Lunatic asylums in Bengal annual reports 1888-1898 - 1888-1898
Year: 1888
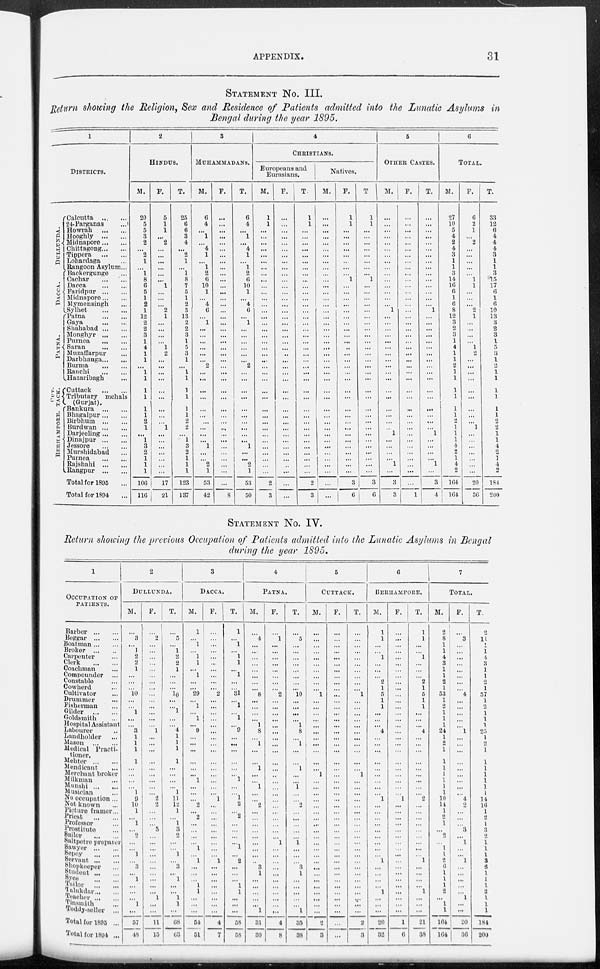
APPENDIX.
31
STATEMENT NO. III.
Return showing the Religion, Sex and Residence of Patients admitted into the Lunatic Asylums in
Bengal during the year 1895.
DULLUNDA.
DACCA.
PATNA.
CUT-
----.
BERHAMPORE.
1
DISTRICTS.
Calcutta
24-Parganas
...
Howrah
Hooghly
Midnapore
Chittagong
Tippera
Lohardaga ...
Rangoon Asylum...
Backergunge ...
Cachar
Dacca
Faridpur
Midnapore
Mymensingh ...
Sylhet
Patna ... ...
Gaya
Shahabad
Monghyr
Purnea
Saran
Muzaffarpur ...
Darbhanga
Burma
... ...
Ranchi
Hazaribagh ...
Cuttack
Tributary mehals
(Gurjat).
Bankura
Bhagalpur
Birbhum
Burdwan
Darjeeling
Dinajpur
Jessore
Murshidabad ...
Purnea
Rajshahi
Rangpur ... ...
Total for 1895 ...
Total for 1894 ...
2
HINDUS.
M.
20
5
5
3
2
...
2
1
...
1
8
6
5
1
2
1
12
2
2
3
1
4
1
1
...
1
1
1
1
1
1
2
1
...
1
3
2
1
1
1
106
116
F.
5
1
1
...
2
...
...
...
...
...
...
1
...
...
...
2
1
...
...
...
...
1
2
...
...
...
...
...
...
...
...
...
1
...
...
...
...
...
...
...
17
21
T.
25
6
6
3
4
...
2
1
...
1
8
7
5
1
2
3
13
2
2
3
1
5
3
1
...
1
1
1
1
1
1
2
2
...
1
3
2
1
1
1
123
137
3
MUHAMMADANS.
M.
6
4
...
1
...
4
1
...
1
2
6
10
1
...
4
6
...
1
...
...
...
...
...
...
2
...
...
...
...
...
...
...
...
...
...
1
...
...
2
1
53
42
F.
...
...
...
...
...
...
...
...
...
...
...
...
...
...
...
...
...
...
...
...
...
...
...
...
...
...
...
...
...
...
...
...
...
...
...
...
...
...
...
...
...
8
T.
6
4
...
1
...
4
1
...
1
2
6
10
1
...
4
6
...
1
...
...
...
...
...
...
2
...
...
...
...
...
...
...
...
...
...
1
...
...
2
1
53
50
4
CHRISTIANS.
Europeans and
Eurasians.
M.
1
1
...
...
...
...
...
...
...
...
...
...
...
...
...
...
...
...
...
...
...
...
...
...
...
...
...
...
...
...
...
...
...
...
...
...
...
...
...
...
2
3
F.
...
...
...
...
...
...
...
...
...
...
...
...
...
...
...
...
...
...
...
...
...
...
..
...
...
...
...
...
...
...
...
...
...
...
...
...
...
...
...
...
...
...
T.
1
1
...
...
...
...
...
...
...
...
...
...
...
...
...
...
...
...
...
...
...
...
...
...
...
...
...
...
...
...
...
...
...
...
...
...
...
...
...
...
2
3
Natives.
M.
...
...
...
...
...
...
...
...
...
...
...
...
...
...
...
...
...
...
...
...
...
...
...
...
...
...
...
...
...
...
...
...
...
...
...
...
...
...
...
...
...
...
F.
1
1
...
...
...
...
...
...
...
...
1
...
...
...
...
...
...
...
...
...
...
...
...
...
...
...
...
...
...
...
...
...
...
...
...
...
...
...
...
...
3
6
T
1
1
...
...
...
...
...
...
...
...
1
...
...
...
...
...
...
...
...
...
...
...
...
...
...
...
...
...
...
...
...
...
...
...
...
...
...
...
...
...
3
6
5
OTHER CASTES.
M.
...
...
...
...
...
...
...
...
...
...
...
...
...
...
...
1
...
...
...
...
...
...
...
...
...
...
...
...
...
...
...
...
...
1
...
...
...
...
1
...
3
3
F.
...
...
...
...
...
...
...
...
...
...
...
...
...
...
...
...
...
...
...
...
...
...
...
...
...
...
...
...
...
...
...
...
...
...
...
...
...
...
...
...
...
1
T.
...
...
...
...
...
...
...
...
...
...
...
...
...
...
...
1
...
...
...
...
...
...
...
...
...
...
...
...
...
...
...
...
...
1
...
...
...
...
1
...
3
4
6
TOTAL.
M.
27
10
5
4
2
4
3
1
1
3
14
16
6
1
6
8
12
3
2
3
1
4
1
1
2
1
1
1
1
1
1
2
1
1
1
4
2
1
4
2
164
164
F.
6
2
1
...
2
...
...
...
...
...
1
1
...
...
...
2
1
...
...
...
...
1
2
...
...
...
...
...
...
...
...
...
1
...
...
...
...
...
...
...
20
36
T.
33
12
6
4
4
4
3
1
1
3
15
17
6
1
6
10
13
3
2
3
1
5
3
1
2
1
1
1
1
1
1
2
2
1
1
4
2
1
4
2
184
200
STATEMENT NO. IV.
Return showing the previous Occupation of Patients admitted into the Lunatic Asylums in Bengal
during the year 1895.
1
OCCUPATION OF
PATIENTS.
Barber
Beggar
Boatman
Broker
Carpenter ...
Clerk
Coachman ...
Compounder ...
Constable ...
Cowherd ...
Cultivator ...
Drummer ...
Fisherman ...
Gilder
Goldsmith ...
Hospital Assistant
Labourer ...
Landholder ...
Mason
Medical Practi-
tioner.
Mehter
Mendicant
...
Merchant broker
Milkman ...
Munshi ... ...
Musician ...
No occupation...
Not known ...
Picture framer...
Priest ... ...
Professor ...
Prostitute ...
Sailor ... ...
Saltpetre preparer
Sawyer
Sepoy
Servant
Shopkeeper ...
Student
Syce ... ...
Tailor
Talukdar
Teacher
Tinsmith ...
Toddy-seller ...
Total for 1895 ...
Total for 1894 ...
2
DULLUNDA.
M.
...
3
...
1
2
2
1
...
...
...
10
...
...
1
...
...
3
1
1
1
1
...
...
...
...
1
9
10
1
...
1
...
2
...
...
1
...
3
...
1
...
...
...
1
...
57
48
F.
...
2
...
...
...
...
...
...
...
...
...
...
...
...
...
...
1
...
...
...
...
...
...
...
...
...
2
2
...
...
...
3
...
...
...
...
...
...
...
...
...
...
1
...
...
11
15
T.
...
5
...
1
2
2
1
...
...
...
10
...
...
l
...
...
4
1
1
1
1
...
...
...
...
1
11
12
1
...
1
3
2
...
...
1
...
3
...
1
...
...
1
1
...
68
63
3
DACCA.
M.
1
...
1
...
1
l
...
1
...
...
29
...
1
...
1
...
9
...
...
...
...
...
...
1
...
...
...
2
...
2
...
...
...
...
1
...
1
...
...
...
1
1
...
...
...
54
51
F.
...
...
...
...
...
...
...
...
...
...
2
...
...
...
...
...
...
...
...
...
...
...
...
...
...
...
1
...
...
...
...
...
...
...
...
...
1
...
...
...
...
...
...
...
...
4
7
T.
1
...
1
...
1
1
...
1
...
...
31
...
1
...
1
...
9
...
...
...
...
...
...
1
...
...
1
2
...
2
...
...
...
...
1
...
2
...
...
...
1
1
...
...
...
58
58
4
PATNA.
M.
...
4
...
...
...
...
...
...
...
...
8
...
...
...
...
1
8
...
1
...
...
1
...
...
1
...
...
2
...
...
...
...
...
...
...
...
...
3
1
...
...
...
...
...
1
31
30
F.
...
1
...
...
...
...
...
...
...
...
2
...
...
...
...
...
...
...
...
...
...
...
...
...
...
...
...
...
...
...
...
...
...
1
...
...
...
...
...
...
...
...
...
...
...
4
8
T.
...
5
...
...
...
...
...
...
...
...
10
...
...
...
...
1
8
...
1
...
1
...
...
1
...
...
2
...
...
...
...
...
1
...
...
...
3
1
...
...
...
...
...
1
35
3S
5
CUTTACK.
M.
...
...
...
...
...
...
...
...
...
...
1
...
...
...
...
...
...
...
...
...
...
...
l
...
...
...
...
...
...
...
...
...
...
...
...
...
...
...
...
...
...
...
...
...
2
3
F.
...
...
...
...
...
...
...
...
...
...
...
...
...
...
...
...
...
...
...
...
...
...
...
...
...
...
...
...
...
...
...
...
...
...
...
...
...
...
...
...
...
...
...
...
...
...
...
T.
...
...
...
...
...
...
...
...
...
...
1
...
...
...
...
...
...
...
...
...
...
...
1
...
...
...
...
...
...
...
...
...
...
...
...
...
...
...
...
...
...
...
...
...
...
2
3
6
BERHAMPORE.
M.
1
l
...
...
l
...
...
...
2
l
5
1
1
...
...
...
4
...
...
...
...
...
...
...
...
...
1
...
...
...
...
...
...
...
...
...
1
...
...
...
...
1
...
...
...
20
32
F.
...
...
...
...
...
...
...
...
...
...
...
...
...
...
...
...
...
...
...
...
...
...
...
...
...
...
1
...
...
...
...
...
...
...
...
...
...
...
...
...
...
...
...
...
...
1
6
T.
1
1
...
...
1
...
...
...
2
1
5
1
1
...
...
...
4
...
...
...
...
...
...
...
...
...
2
...
...
...
...
...
...
...
...
...
1
...
...
...
......
1
...
...
...
21
38
7
TOTAL.
M.
2
8
1
1
4
3
1
1
2
1
53
1
2
1
1
1
24
1
2
1
1
1
1
1
1
1
10
14
1
2
1
...
2
1
1
2
6
1
1
1
2
...
1
1
164
164
F.
...
3
...
...
...
...
...
...
...
...
4
...
...
...
...
...
1
...
...
...
...
4
2
3
1
...
1
...
...
...
...
...
1
...
...
20
36
T.
2
11
...
1
4
3
1
1
2
1
57
1
2
1
1
1
25
1
2
1
1
1
1
1
1
1
14
16
1
2
1
3
2
1
1
1
3
8
1
1
1
3
1
1
1
181
200